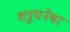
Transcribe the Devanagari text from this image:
शत्रुघनेश्वर